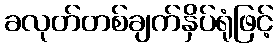
ခလုတ်တစ်ချက်နှိပ်ရုံဖြင့်